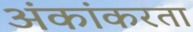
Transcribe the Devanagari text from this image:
अंकांकरता